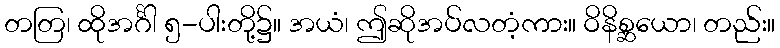
တတြ၊ ထိုအင်္ဂါ ၅-ပါးတို့၌။ အယံ၊ ဤဆိုအပ်လတံ့ကား။ ဝိနိစ္ဆယော၊ တည်း။